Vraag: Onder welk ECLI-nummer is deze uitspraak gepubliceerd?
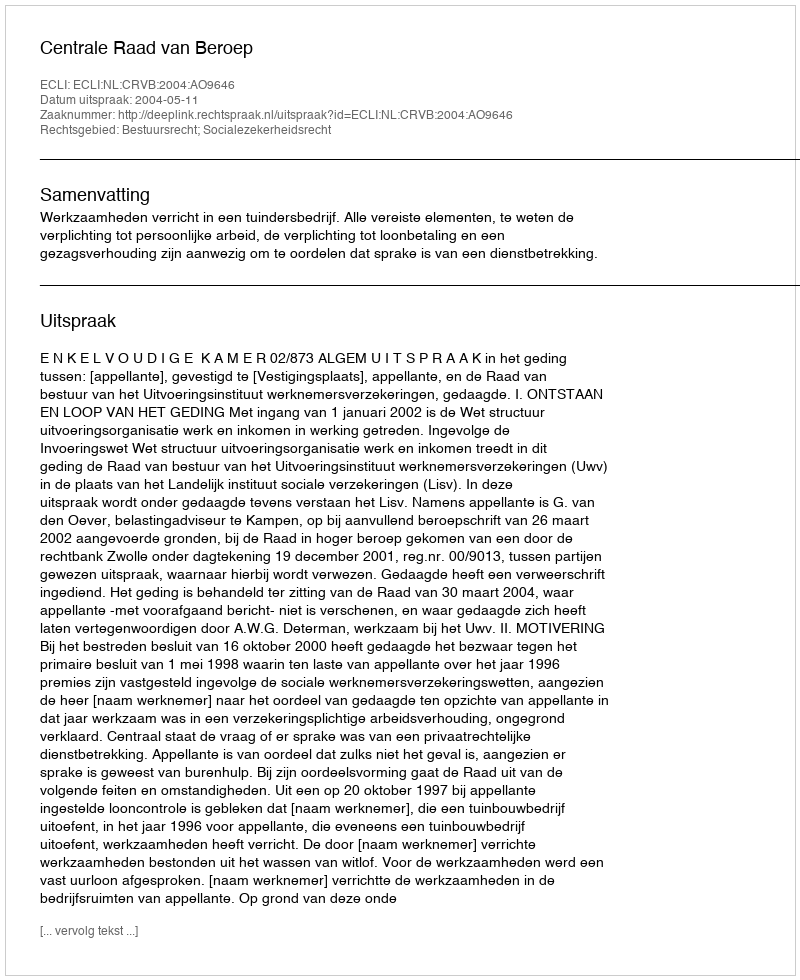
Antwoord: ECLI:NL:CRVB:2004:AO9646